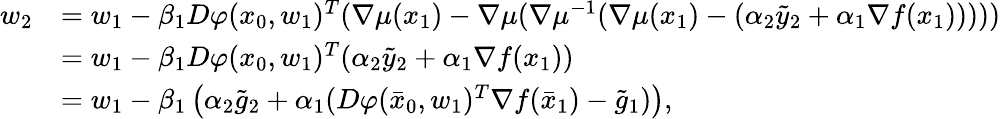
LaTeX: \begin{array}{rl}{w_{2}}&{=w_{1}-\beta_{1}D\varphi(x_{0},w_{1})^{T}(\nabla\mu(x_{1})-\nabla\mu(\nabla\mu^{-1}(\nabla\mu(x_{1})-(\alpha_{2}\tilde{y}_{2}+\alpha_{1}\nabla f(x_{1})))))}\\ &{=w_{1}-\beta_{1}D\varphi(x_{0},w_{1})^{T}(\alpha_{2}\tilde{y}_{2}+\alpha_{1}\nabla f(x_{1}))}\\ &{=w_{1}-\beta_{1}\left(\alpha_{2}\tilde{g}_{2}+\alpha_{1}(D\varphi(\bar{x}_{0},w_{1})^{T}\nabla f(\bar{x}_{1})-\tilde{g}_{1})\right),}\end{array}